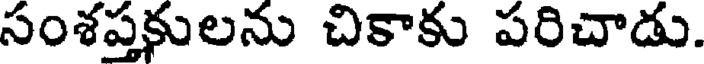
సంశప్తకులను చికాకు పరిచాడు.